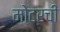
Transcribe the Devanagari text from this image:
मोटरची